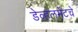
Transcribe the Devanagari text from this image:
डेव्हलमेंटचे